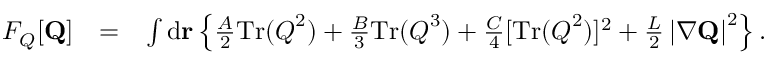
\begin{array} { r l r } { F _ { Q } [ { \bf Q } ] } & { = } & { \int \mathrm { d } { \bf r } \left\{ \frac { A } { 2 } \mathrm { T r } ( \boldsymbol { Q } ^ { 2 } ) + \frac { B } { 3 } \mathrm { T r } ( \boldsymbol { Q } ^ { 3 } ) + \frac { C } { 4 } [ \mathrm { T r } ( \boldsymbol { Q } ^ { 2 } ) ] ^ { 2 } + \frac { L } { 2 } \left| \nabla { \bf Q } \right| ^ { 2 } \right\} . } \end{array}